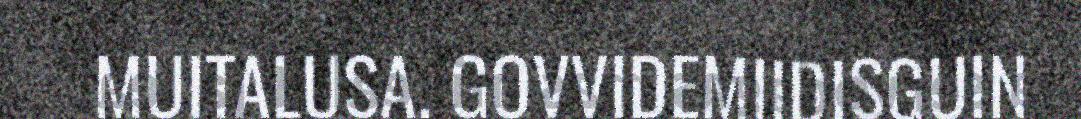
MUITALUSA. GOVVIDEMIIDISGUIN